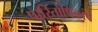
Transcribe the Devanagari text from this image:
पारितोषिकांचे